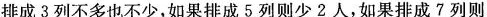
排成3列不多也不少，如果排成5列则少2人，如果排成7列则